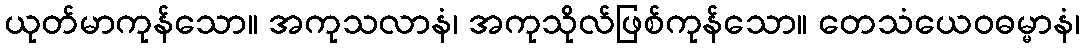
ယုတ်မာကုန်သော။ အကုသလာနံ၊ အကုသိုလ်ဖြစ်ကုန်သော။ တေသံယေဝဓမ္မာနံ၊